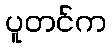
ပူတင်က